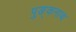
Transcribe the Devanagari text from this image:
पुङ्कनाथ